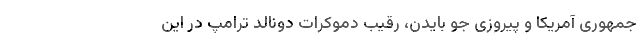
جمهوری آمریکا و پیروزی جو بایدن، رقیب دموکرات دونالد ترامپ در این